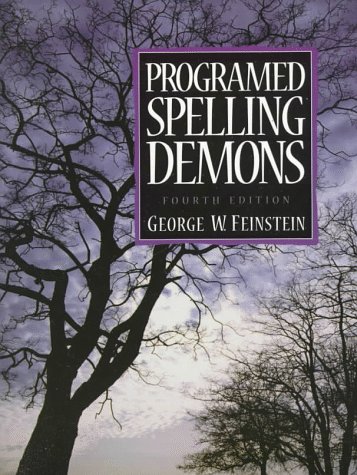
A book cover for Programed Spelling Demons (4th Edition); George W. Feinstein; Reference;